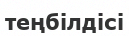
теңбілдісі